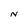
Character: N